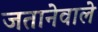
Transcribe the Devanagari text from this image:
जतानेवाले